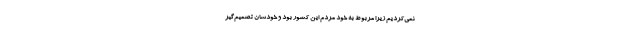
نمی‌‌کردیم زیرا مربوط به خود مردم این کشور بود و خودشان تصمیم‌گیر